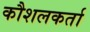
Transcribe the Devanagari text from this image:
कौशलकर्ता